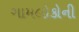
ગામલોકોની